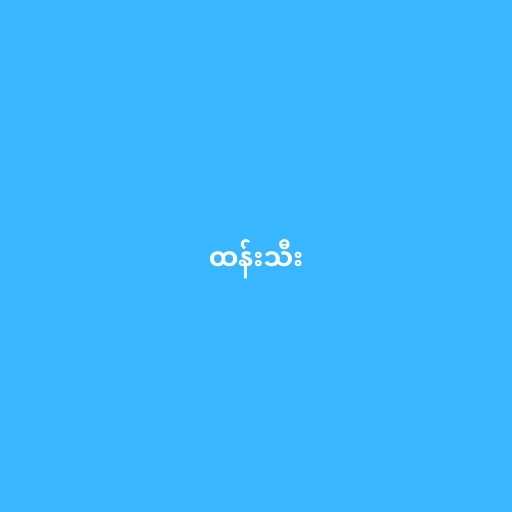
ထန်းသီး